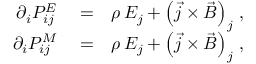
\begin{array} { r l r } { \partial _ { i } { \cal P } _ { i j } ^ { E } } & { { } = } & { \rho \, E _ { j } + \left( \vec { j } \times \vec { B } \right) _ { j } \, , } \\ { \partial _ { i } { \cal P } _ { i j } ^ { M } } & { { } = } & { \rho \, E _ { j } + \left( \vec { j } \times \vec { B } \right) _ { j } \, , } \end{array}